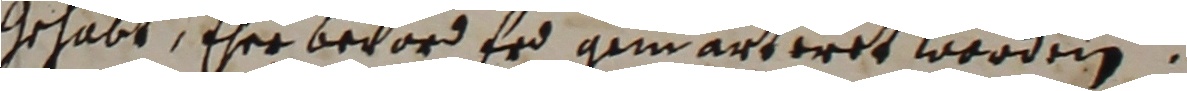
gehabt, eher beford erd gemarteret worden.